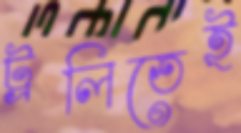
ট্রলিতেই